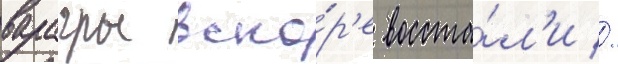
варагры вско́р'е восста́л'и //